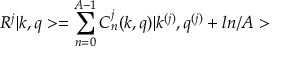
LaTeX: R ^ { j } | k , q > = \sum _ { n = 0 } ^ { A - 1 } C _ { n } ^ { j } ( k , q ) | k ^ { ( j ) } , q ^ { ( j ) } + l n / A >